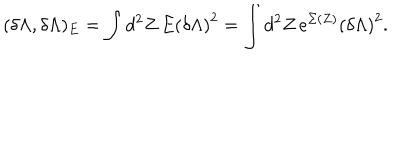
LaTeX: ( \delta \Lambda , \delta \Lambda ) _ { E } = \int d ^ { 2 } Z \, E \left( \delta \Lambda \right) ^ { 2 } = \int d ^ { 2 } Z \, e ^ { \Sigma ( Z ) } \left( \delta \Lambda \right) ^ { 2 } .